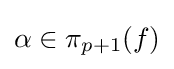
\alpha \in \pi _{p+1}(f)